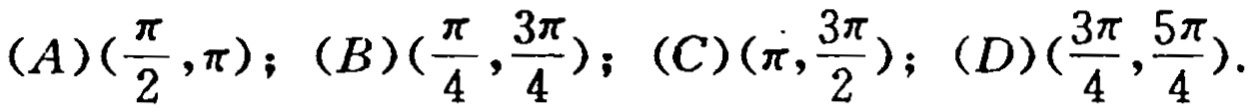
$(A)(\frac{\pi}{2},\pi);\ (B)(\frac{\pi}{4},\frac{3\pi}{4});\ (C)(\pi,\frac{3\pi}{2});\ (D)(\frac{3\pi}{4},\frac{5\pi}{4}).$